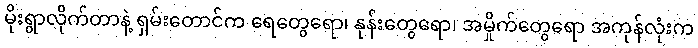
မိုးရွာလိုက်တာနဲ့ ရှမ်းတောင်က ရေတွေရော၊ နုန်းတွေရော၊ အမှိုက်တွေရော အကုန်လုံးက